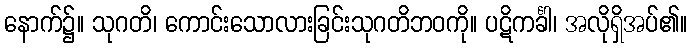
နောက်၌။ သုဂတိ၊ ကောင်းသောလားခြင်းသုဂတိဘဝကို။ ပဋိကင်္ခါ၊ အလိုရှိအပ်၏။